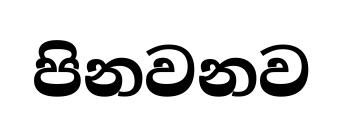
පිනවනව